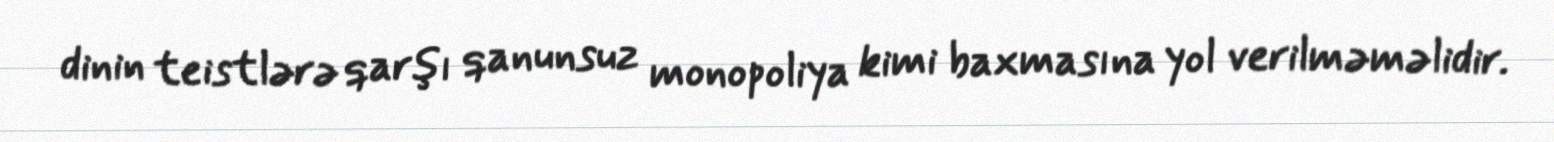
dinin teistlərə qarşı qanunsuz monopoliya kimi baxmasına yol verilməməlidir.